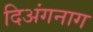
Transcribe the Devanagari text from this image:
दिअंगनाग